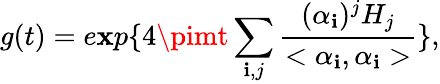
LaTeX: g(t)=e\mathbf{x}p\{ 4\pimt\sum_{\mathbf{i},j}\frac{{(\alpha_{\mathbf{i}})^{j}H_{j}}}{{<\alpha_{\mathbf{i}},\alpha_{\mathbf{i}}>}}\} ,